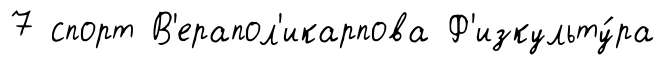
7 спорт В'ерапол'икарпова Ф'изкульту́ра